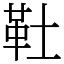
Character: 靯